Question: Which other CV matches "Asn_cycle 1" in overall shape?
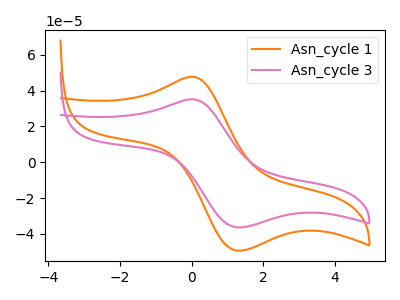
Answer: <think>The orange curve "Asn_cycle 1" has an anodic peak at (0.00V, 47.65uA) and a cathodic peak at (1.25V, -49.25uA). The pink curve "Asn_cycle 3" has an anodic peak at (0.00V, 35.10uA) and a cathodic peak at (1.25V, -36.25uA).
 All the peaks in "Asn_cycle 1" have a peak in "Asn_cycle 3" at the same potential. Every peak in "Asn_cycle 1" is higher than every peak in "Asn_cycle 3".</think>
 <answer>The CV with the most similar shape to "Asn_cycle 3" is "Asn_cycle 1".</answer>
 <eval>"Asn_cycle 1"</eval>